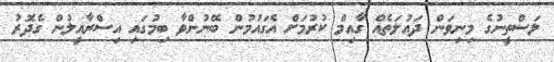
ލަސްތީނުގެ މިނިވަން ދައުލަތެއް ގާއިމް ކުރުމަށް އެގައުމުން ބޭނުންވާ ބިމުގައި އިސްރާއީލުން ގެދޮރު